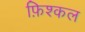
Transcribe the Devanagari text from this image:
फ़िश्कल